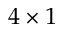
4 \times 1